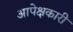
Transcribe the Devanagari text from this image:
आपेक्षकारी